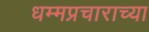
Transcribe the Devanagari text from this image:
धम्मप्रचाराच्या